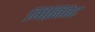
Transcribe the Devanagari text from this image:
मिनिवेट